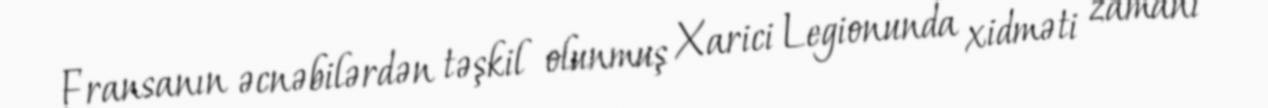
Fransanın əcnəbilərdən təşkil olunmuş Xarici Legionunda xidməti zamanı